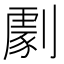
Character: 𠟵